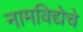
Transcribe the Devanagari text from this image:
नामविद्येचे